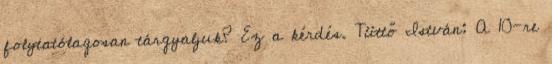
folytatólagosan tárgyaljuk? Ez a kérdés. Tüttő István: A 10-re